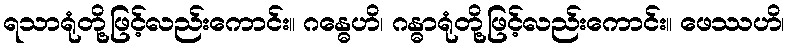
ရသာရုံတို့ဖြင့်လည်းကောင်း။ ဂန္ဓေဟိ၊ ဂန္ဓာရုံတို့ဖြင့်လည်းကောင်း။ ဖေဿဟိ၊